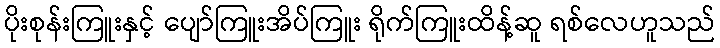
ပိုးစုန်းကြူးနှင့် ပျော်ကြူးအိပ်ကြူး ရိုက်ကြူးထိန့်ဆူ ရစ်လေဟူသည်